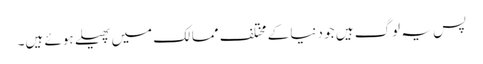
پس یہ لوگ ہیں جو دنیا کے مختلف ممالک میں پھیلے ہوئے ہیں۔